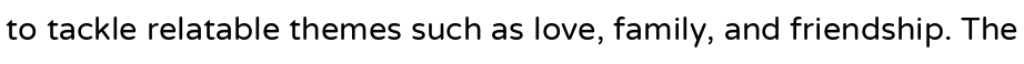
to tackle relatable themes such as love, family, and friendship. The